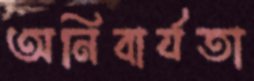
অনিবার্যতা